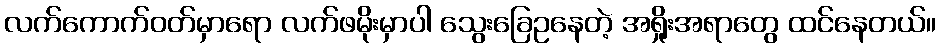
လက်ကောက်ဝတ်မှာရော လက်ဖမိုးမှာပါ သွေးခြေဥနေတဲ့ အရှိုးအရာတွေ ထင်နေတယ်။